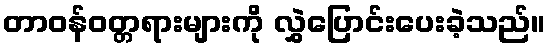
တာဝန်ဝတ္တရားများကို လွှဲပြောင်းပေးခဲ့သည်။